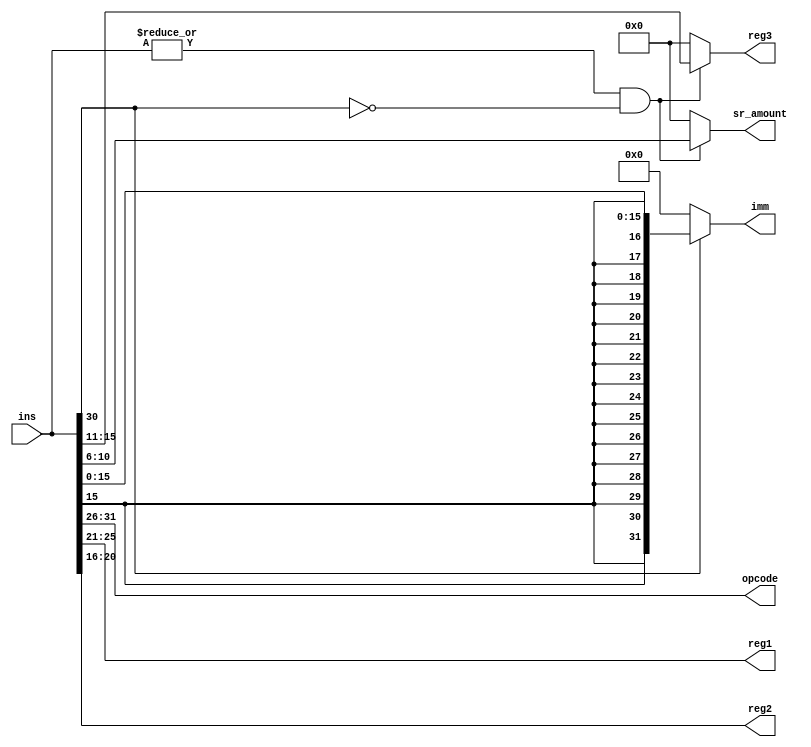
module instruction_decoder(ins, opcode, reg1, reg2, reg3, imm, sr_amount);

  input [31:0] ins;
  output [5:0] opcode;
  output  [4:0] reg1, reg2, reg3, sr_amount;
  output  [31:0] imm;

  assign opcode = ins[31:26];
  assign reg1 = ins[25:21];
  assign reg2 = ins[20:16];
  assign reg3 = (|ins && ins[30] == 1'b0) ? ins[15:11] : 5'b0;
  assign sr_amount = (|ins && ins[30] == 1'b0) ? ins[10:6] : 5'b0;
  //wire reserved = (|ins && ins[30] == 1'b0) ? ins[5:0] : 6'b0;
  assign imm = (ins[30] == 1'b1) ? {{16{ins[15]}}, ins[15:0]} : 32'b0;

endmodule